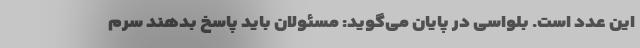
این عدد است. بلواسی در پایان می‌گوید: مسئولان باید پاسخ بدهند سرم